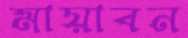
মায়াবন